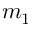
m _ { 1 }